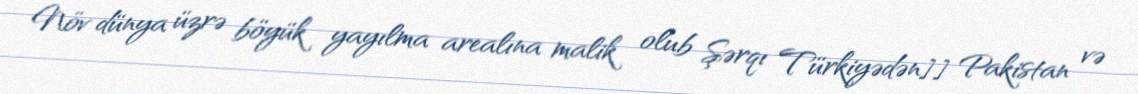
Növ dünya üzrə böyük yayılma arealına malik olub Şərqı Türkiyədən]] Pakistan və